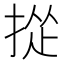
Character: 㧿